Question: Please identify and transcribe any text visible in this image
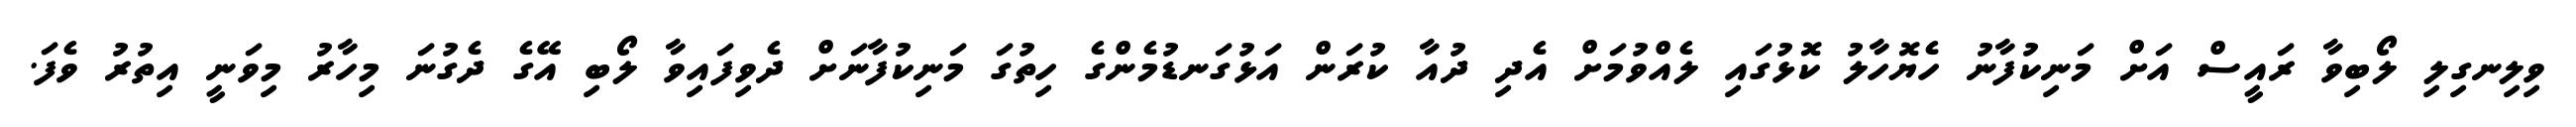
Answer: ވިލިނގިލި ލޯބިވާ ރައީސް އަށް މަނިކުފާނު ހެޔޮހާލު ކޮޅުގައި ލެއްވުމަށް އެދި ދުއާ ކުރަން އަޅުގަނޑުމެންގެ ހިތުގަ މަނިކުފާނަށް ދެވިފައިވާ ލޯބި އޭގެ ދެގުނަ މިހާރު މިވަނީ އިތުރު ވެފަ.